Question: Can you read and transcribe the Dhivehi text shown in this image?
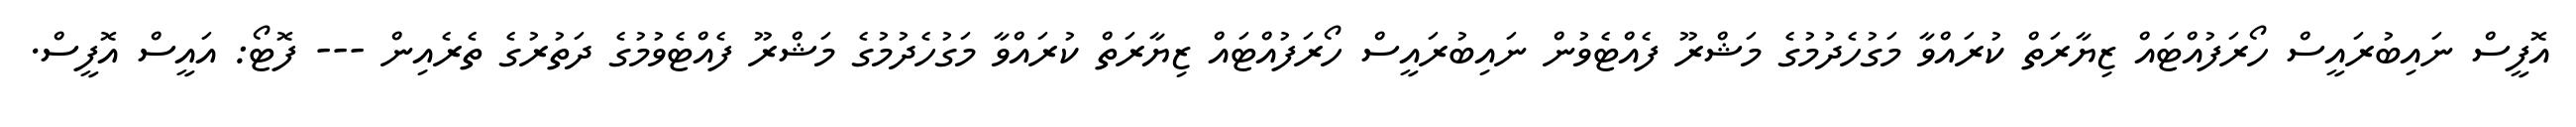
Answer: އޮފީސް ނައިބުރައީސް ހޯރަފުއްޓައް ޒިޔާރަތް ކުރައްވާ މަގުހެދުމުގެ މަޝްރޫ ފެއްޓެވުން ނައިބުރައީސް ހޯރަފުއްޓައް ޒިޔާރަތް ކުރައްވާ މަގުހެދުމުގެ މަޝްރޫ ފެއްޓެވުމުގެ ދަތުރުގެ ތެރެއިން --- ފޮޓޯ: އައީސް އޮފީސް.